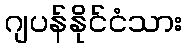
ဂျပန်နိုင်ငံသား